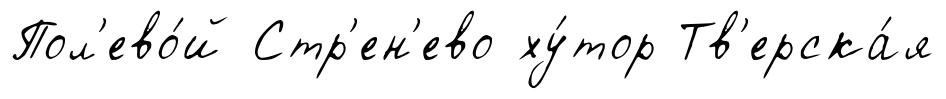
Пол'ево́й Стр'ен'ево ху́тор Тв'ерска́я